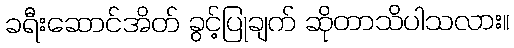
ခရီးဆောင်အိတ် ခွင့်ပြုချက် ဆိုတာသိပါသလား။